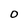
Character: O